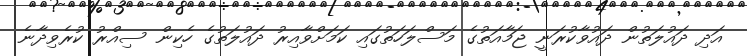
އަދި ދައުލަތުން ދައުވާކުރަނީ ޖަމާއަތުގެ މަސްލަހަތުގައި ކަމަށްވާއިރު ދައުލަތުގެ ހެކިން ސިއްރު ކުރެވިދާނެ